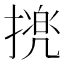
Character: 𢴜